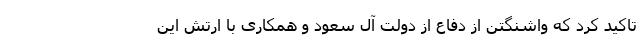
تاکید کرد که واشنگتن از دفاع از دولت آل سعود و همکاری با ارتش این